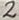
Text: 2